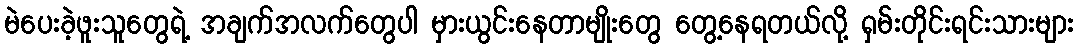
မဲပေးခဲ့ဖူးသူတွေရဲ့ အချက်အလက်တွေပါ မှားယွင်းနေတာမျိုးတွေ တွေ့နေရတယ်လို့ ရှမ်းတိုင်းရင်းသားများ